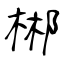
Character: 郴